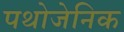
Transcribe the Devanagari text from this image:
पथोजेनिक